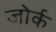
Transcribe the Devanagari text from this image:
जोर्क